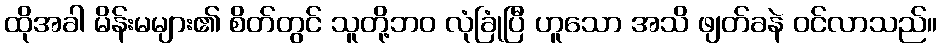
ထိုအခါ မိန်းမများ၏ စိတ်တွင် သူတို့ဘဝ လုံခြုံပြီ ဟူသော အသိ ဖျတ်ခနဲ ဝင်လာသည်။